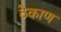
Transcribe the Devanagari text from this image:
ठेकाण